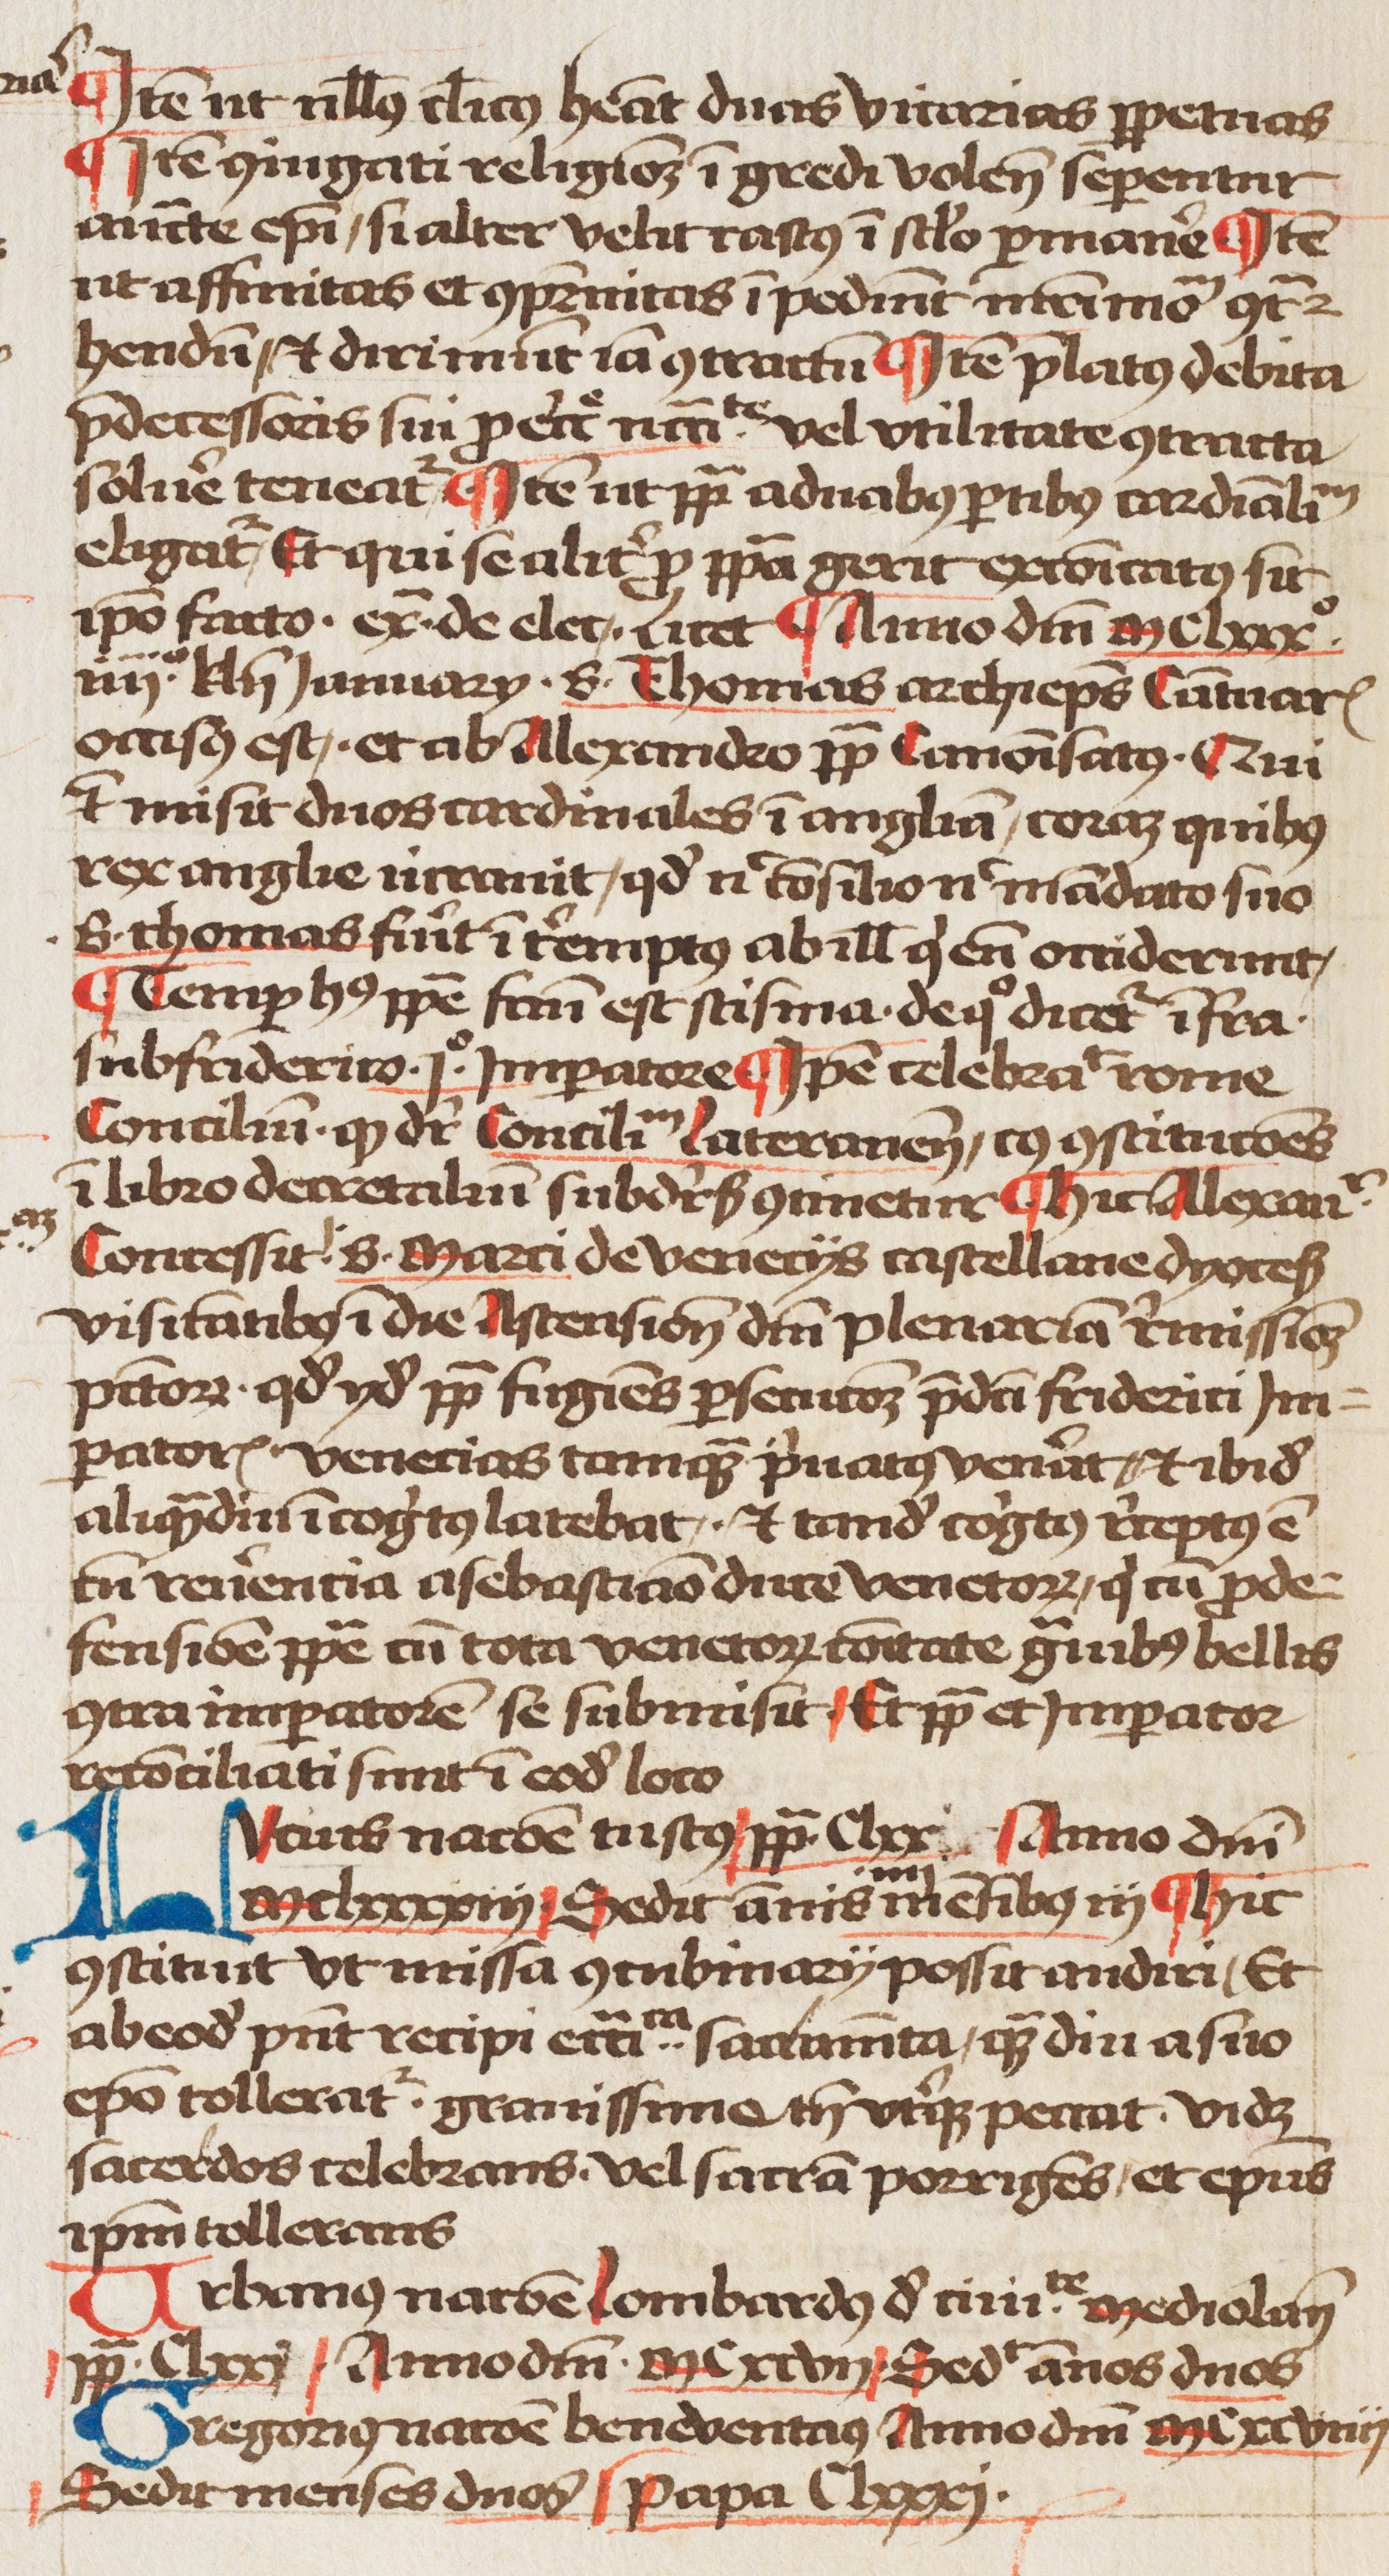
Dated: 1460–1490